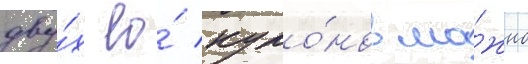
дву́х ео́ куло́нов мо́жно